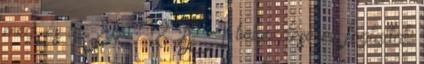
meg, és az Étv. 48 A. § 1 bekezdésében foglaltak